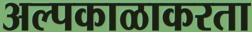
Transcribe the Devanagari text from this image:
अल्पकाळाकरता